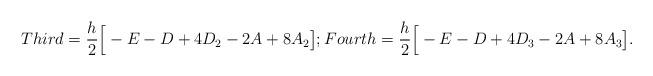
LaTeX: \begin{align*} \begin{aligned} Third =\frac{h}2\Big[-E-D+4D_2-2A+8A_2\big]; Fourth =\frac{h}2\Big[-E-D+4D_3-2A+8A_3\big]. \end{aligned}\end{align*}